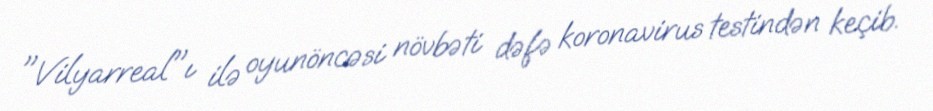
"Vilyarreal"ı ilə oyunöncəsi növbəti dəfə koronavirus testindən keçib.